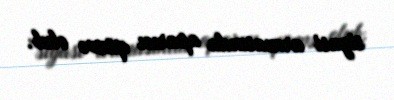
siyasi arenasında aparıcı qüvvə olub.